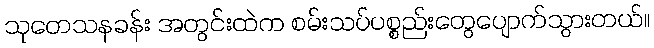
သုတေသနခန်း အတွင်းထဲက စမ်းသပ်ပစ္စည်းတွေပျောက်သွားတယ်။